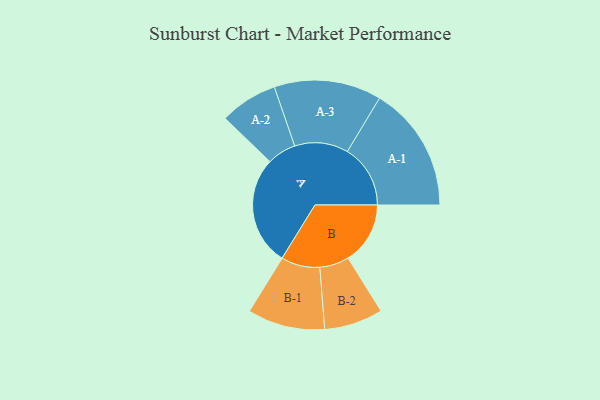
{"axis": {"x": "Segment", "y": "Value"}, "legend": ["", "A", "B"], "data": [{"x": "A", "y": 491, "type": ""}, {"x": "B", "y": 279, "type": ""}, {"x": "A-1", "y": 283, "type": "A"}, {"x": "A-2", "y": 130, "type": "A"}, {"x": "A-3", "y": 241, "type": "A"}, {"x": "B-1", "y": 174, "type": "B"}, {"x": "B-2", "y": 132, "type": "B"}]}